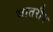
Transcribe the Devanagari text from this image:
भातरीय